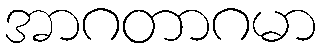
အာဂတာဂမာ